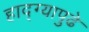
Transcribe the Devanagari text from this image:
हाद्ग्यापुढे